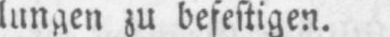
lungen zu befestigen.